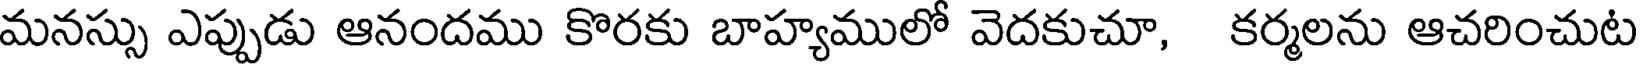
మనస్సు ఎప్పుడు ఆనందము కొరకు బాహ్యములో వెదకుచూ, కర్మలను ఆచరించుట